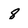
Character: 8